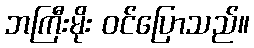
ဘကြီးမိုး ဝင်ပြောသည်။